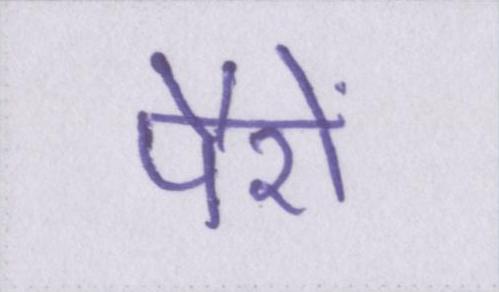
पैरों